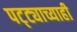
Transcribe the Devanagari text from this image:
पट्ट्याच्याही